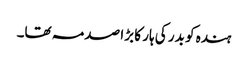
ہندہ کو بدر کی ہار کا بڑا صدمہ تھا۔